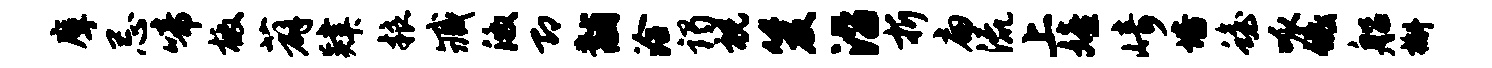
摩忌啼檄薜肄粮臧激即黼洽谒祝笈沿折扁流上嬉崎培蟾呱低船槲